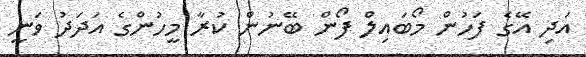
އަދި އޭގެ ފަހުން މޯބައިލް ފޯން ބޭނުން ކުރާ މީހުންގެ އަދަދު ވަނީ